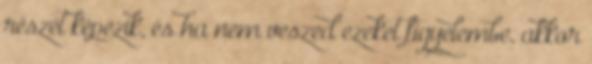
részét képezik, és ha nem veszed ezeket figyelembe, akkor